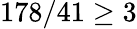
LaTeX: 178/41\geq 3